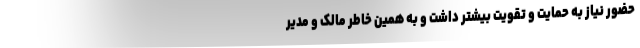
حضور نیاز به حمایت و تقویت بیشتر داشت و به همین خاطر مالک و مدیر